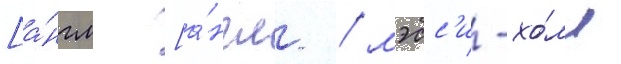
[а́нгл. [а́нгл. / мэсс'и-хо́лл